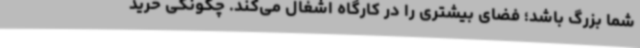
شما بزرگ باشد؛ فضای بیشتری را در کارگاه اشغال می‌کند. چگونگی خرید